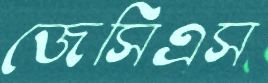
জেসিএস